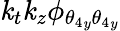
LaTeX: \mathit{k}_{t}\mathit{k}_{z}\phi_{{\theta_{4}}_{y}{\theta_{4}}_{y}}